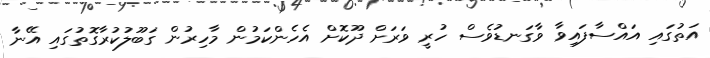
އަތުގައި އައްސާފައިވާ ވާގަނޑުވެސް ހުރީ ވަރަށް ދޫކޮށް އެހެންކަމުން މާހިރުން ގަބޫލުކުރާގޮތުގައި އޭނާ